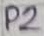
Text: P2